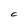
Character: C